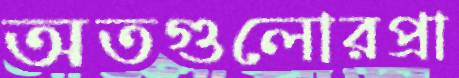
অতগুলোরপ্রা